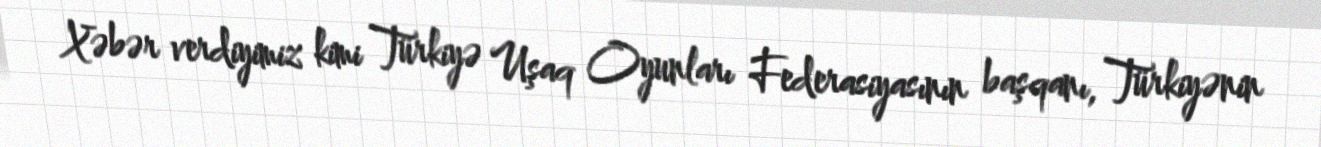
Xəbər verdiyimiz kimi Türkiyə Uşaq Oyunları Federasiyasının başqanı, Türkiyənin